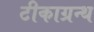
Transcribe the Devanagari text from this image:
टीकाग्रन्थ